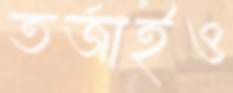
তর্জাইও